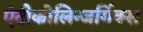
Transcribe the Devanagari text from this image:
एंटीकोलिन्जर्गिक्स